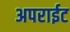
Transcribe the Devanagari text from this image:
अपराईट